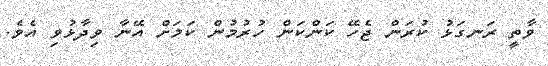
ވާތީ ރަނގަޅު ކުރަން ޖެހޭ ކަންކަން ހުރުމުން ކަމަށް އޭނާ ވިދާޅުވި އެވެ.